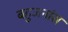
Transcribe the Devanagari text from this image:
बहुजनांस